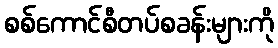
စစ်ကောင်စီတပ်စခန်းများကို